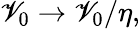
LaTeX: \mathscr{V}_{0}\to\mathscr{V}_{0}/\eta,